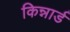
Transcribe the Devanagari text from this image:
किन्नार्ड